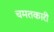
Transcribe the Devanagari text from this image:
चमतकारी